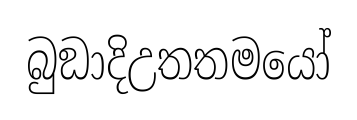
බුඞාදිඋතතමයෝ